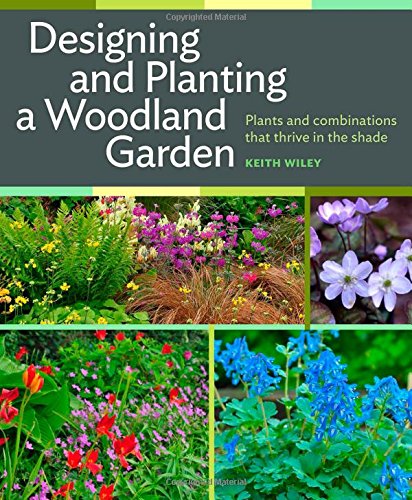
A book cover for Designing and Planting a Woodland Garden: Plants and Combinations that Thrive in the Shade; Keith Wiley; Crafts, Hobbies & Home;